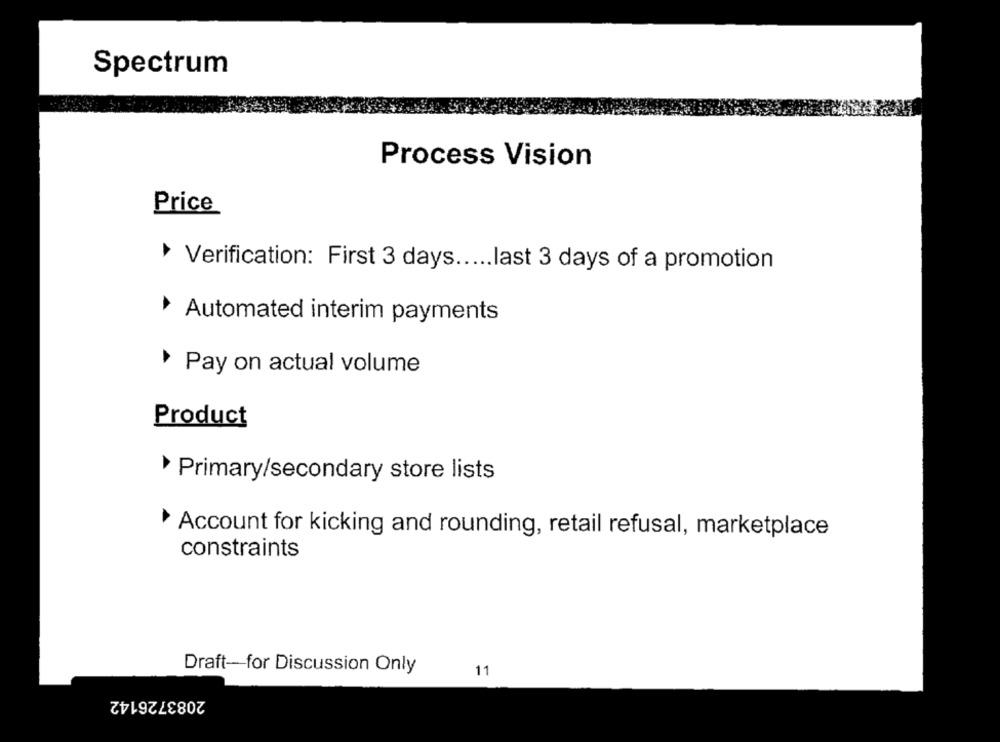
Spectrum
Process Vision
Price
Verification: First 3 days ..... last 3 days of a promotion
Automated interim payments
Pay on actual volume
Product
Primary/secondary store lists
Account for kicking and rounding, retail refusal, marketplace
constraints
Draft-for Discussion Only
11
2083726142